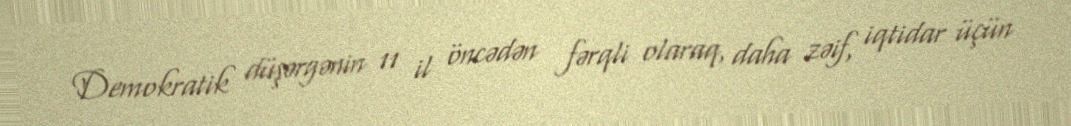
Demokratik düşərgənin 11 il öncədən fərqli olaraq, daha zəif, iqtidar üçün